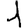
Digit: 1